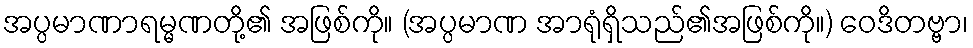
အပ္ပမာဏာရမ္မဏတို့၏ အဖြစ်ကို။ (အပ္ပမာဏ အာရုံရှိသည်၏အဖြစ်ကို။) ဝေဒိတဗ္ဗာ၊